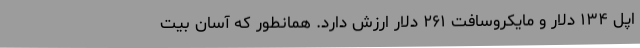
اپل ۱۳۴ دلار و مایکروسافت ۲۶۱ دلار ارزش دارد. همانطور که آسان بیت